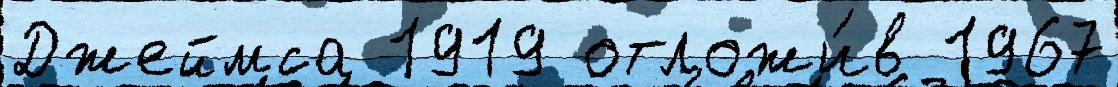
Джеймса 1919 отложи́в 1967